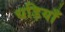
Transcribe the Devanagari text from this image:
धड़ियाँ